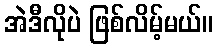
အဲဒီလိုပဲ ဖြစ်လိမ့်မယ်။